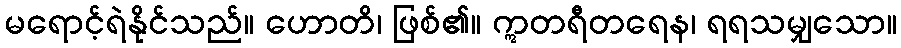
မရောင့်ရဲနိုင်သည်။ ဟောတိ၊ ဖြစ်၏။ ဣတရီတရေန၊ ရရသမျှသော။